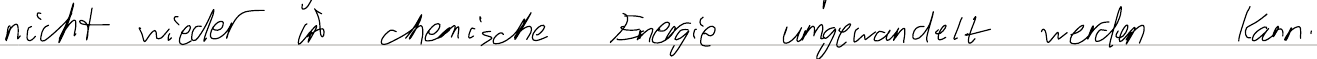
nicht wieder in chemische Energie umgewandelt werden kann.